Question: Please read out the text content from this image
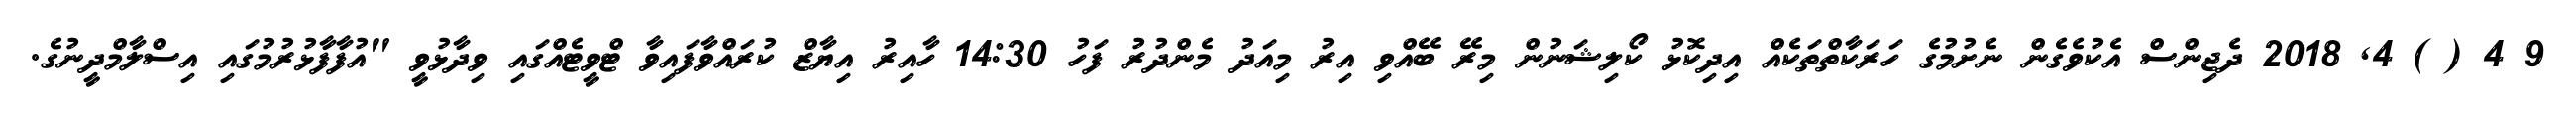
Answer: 9 4 ( ) 4, 2018 ދެޖިންސް އެކުވެގެން ނެށުމުގެ ހަރަކާތްތަކެއް އިދިކޮޅު ކޯލިޝަނުން މިރޭ ބޭއްވި އިރު މިއަދު މެންދުރު ފަހު 14:30 ހާއިރު އިޔާޒް ކުރައްވާފައިވާ ޓްވީޓެއްގައި ވިދާޅުވީ "އުފާފާޅުރުމުގައި އިސްލާމްދީނުގެ.